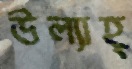
উল্যাহ্